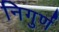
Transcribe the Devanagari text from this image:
निगुर्ण